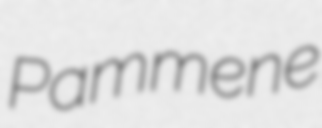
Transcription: Pammene